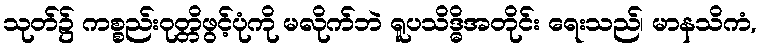
သုတ်၌ ကစ္စည်းဝုတ္တိဖွင့်ပုံကို မလိုက်ဘဲ ရူပသိဒ္ဓိအတိုင်း ရေးသည်၊ မာနသိကံ,